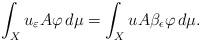
LaTeX: \begin{align*}\int_X u_\varepsilon A\varphi \, d\mu =\int_X u A \beta_\epsilon \varphi \, d\mu.\end{align*}